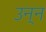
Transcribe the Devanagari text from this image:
उन्न